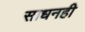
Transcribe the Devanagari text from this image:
साधनही